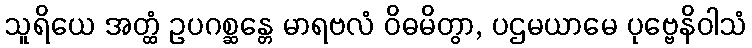
သူရိယေ အတ္ထံ ဥပဂစ္ဆန္တေ မာရဗလံ ဝိဓမိတွာ, ပဌမယာမေ ပုဗ္ဗေနိဝါသံ